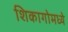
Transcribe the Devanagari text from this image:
शिकागोमध्ये